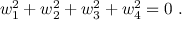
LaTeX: w _ { 1 } ^ { 2 } + w _ { 2 } ^ { 2 } + w _ { 3 } ^ { 2 } + w _ { 4 } ^ { 2 } = 0 \ .